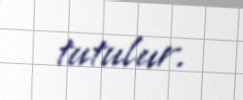
tutulur.